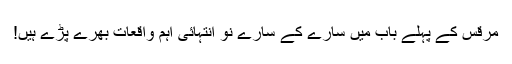
مرقس کے پہلے باب میں سارے کے سارے نو انتہائی اہم واقعات بھرے پڑے ہیں!